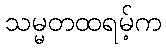
သမ္မတထရမ့်က